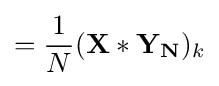
={\frac {1}{N}}(\mathbf {X*Y_{N}} )_{k}